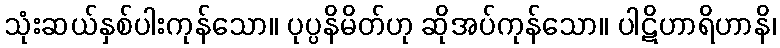
သုံးဆယ်နှစ်ပါးကုန်သော။ ပုပ္ပနိမိတ်ဟု ဆိုအပ်ကုန်သော။ ပါဋိဟာရိဟာနိ၊